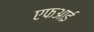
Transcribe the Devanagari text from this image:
एफआई